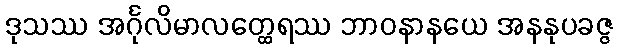
ဒုသဿ အင်္ဂုလိမာလတ္ထေရဿ ဘာဝနာနယေ အနနုပခဇ္ဇ